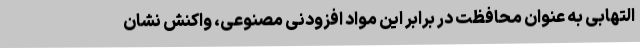
التهابی به عنوان محافظت در برابر این مواد افزودنی مصنوعی، واکنش نشان